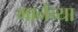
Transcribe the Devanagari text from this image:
मानेंच्या